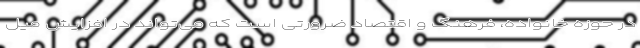
در حوزه خانواده، فرهنگ و اقتصاد ضرورتی است که می‌تواند در افزایش میل